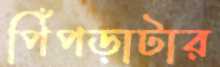
পিঁপড়াটার